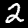
Label: 2